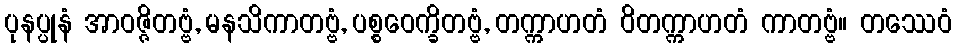
ပုနပ္ပုနံ အာဝဇ္ဇိတဗ္ဗံ, မနသိကာတဗ္ဗံ, ပစ္စဝေက္ခိတဗ္ဗံ, တက္ကာဟတံ ဝိတက္ကာဟတံ ကာတဗ္ဗံ။ တဿေဝံ